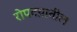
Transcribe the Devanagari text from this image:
रोपटय़ातील